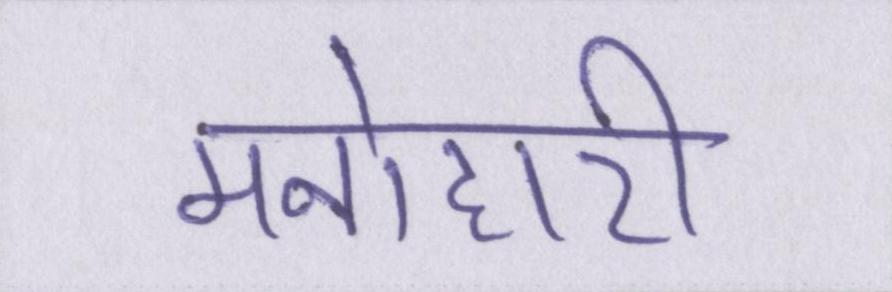
मनोहारी